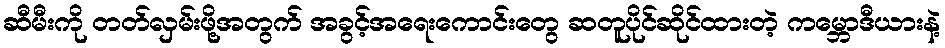
ဆီမီးကို တတ်လှမ်းဖို့အတွက် အခွင့်အရေးကောင်းတွေ ဆတူပိုင်ဆိုင်ထားတဲ့ ကမ္ဘောဒီယားနဲ့